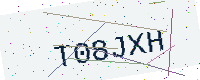
Text: T08JXH